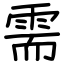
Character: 需